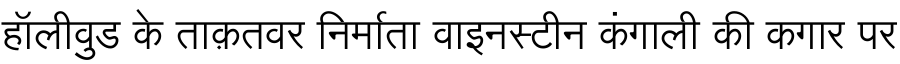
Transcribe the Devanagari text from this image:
हॉलीवुड के ताक़तवर निर्माता वाइनस्टीन कंगाली की कगार पर